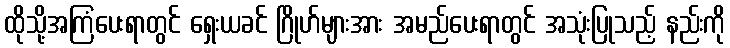
ထိုသို့အကြံပေးရာတွင် ရှေးယခင် ဂြိုဟ်များအား အမည်ပေးရာတွင် အသုံးပြုသည့် နည်းကို